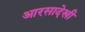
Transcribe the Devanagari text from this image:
आरसादेखी